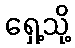
ရှေ့သို့